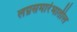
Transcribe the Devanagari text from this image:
लग्नसमारंभातील